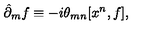
\hat { \partial } _ { m } f \equiv - i \theta _ { m n } [ x ^ { n } , f ] ,